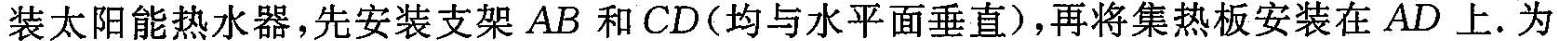
装太阳能热水器，先安装支架AB和CD(均与水平面垂直)，再将集热板安装在AD上.为